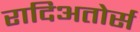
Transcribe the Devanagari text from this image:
रादिअतोर्स